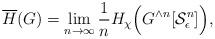
LaTeX: \begin{align*} \overline{H}(G) = \lim_{n \rightarrow \infty} \frac{1}{n}H_\chi\Big(G^{\wedge n}[\mathcal{S}^n_\epsilon]\Big),\end{align*}